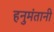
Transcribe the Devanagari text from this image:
हनुमंतानी